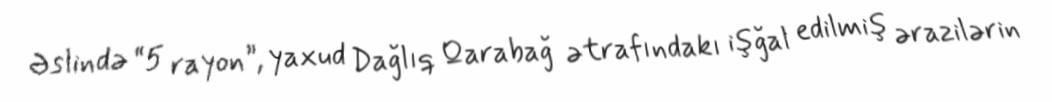
Əslində “5 rayon”, yaxud Dağlıq Qarabağ ətrafındakı işğal edilmiş ərazilərin